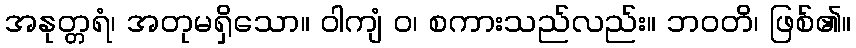
အနုတ္တရံ၊ အတုမရှိသော။ ဝါကျံ ဝ၊ စကားသည်လည်း။ ဘဝတိ၊ ဖြစ်၏။